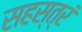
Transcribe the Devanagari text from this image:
सहस्त्रं